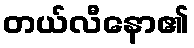
တယ်လီနော၏